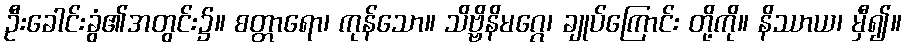
ဦးခေါင်းခွံ၏အတွင်း၌။ စတ္တာရော၊ ကုန်သော။ သိဗ္ဗိနိမဂ္ဂေ၊ ချုပ်ကြောင်း တို့ကို။ နိဿာယ၊ မှီ၍။